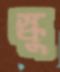
স্কু